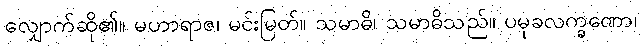
လျှောက်ဆို၏။ မဟာရာဇ၊ မင်းမြတ်။ သမာဓိ၊ သမာဓိသည်။ ပမုခလက္ခဏော၊